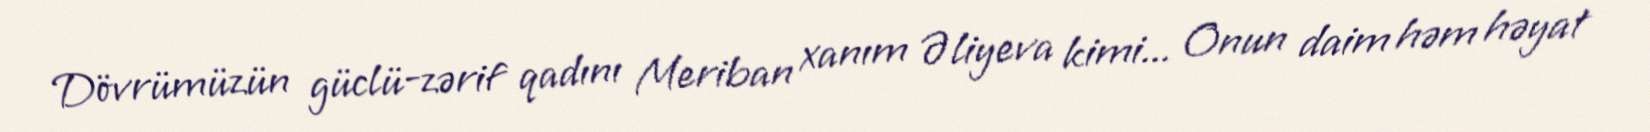
Dövrümüzün güclü-zərif qadını Meriban xanım Əliyeva kimi... Onun daim həm həyat